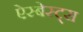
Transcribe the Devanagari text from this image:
ऐस्बेस्ट्स